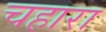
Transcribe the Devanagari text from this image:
चहारा